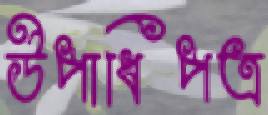
উপাধিপত্র